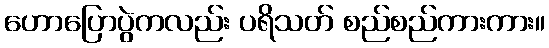
ဟောပြောပွဲကလည်း ပရိသတ် စည်စည်ကားကား။